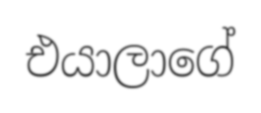
එයාලාගේ